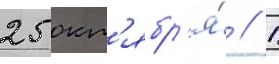
25 окт'ябр'я́ // 1